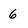
Character: 6